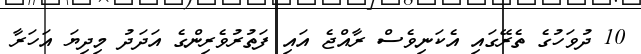
10 ދުވަހުގެ ތެރޭގައި އެކަނިވެސް ރާއްޖެ އައި ފަތުރުވެރިންގެ އަދަދު މިދިޔަ އަހަރާ